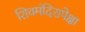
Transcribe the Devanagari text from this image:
शिवमंदिरापेक्षा